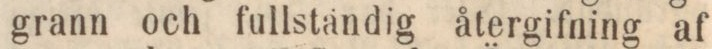
grann och fullstandig återgifning af